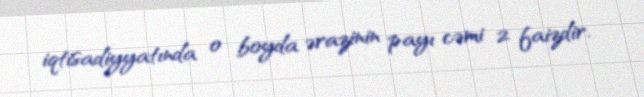
iqtisadiyyatında o boyda ərazinin payı cəmi 2 faizdir.